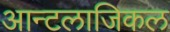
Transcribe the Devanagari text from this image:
आन्टलाजिकल